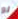
لو